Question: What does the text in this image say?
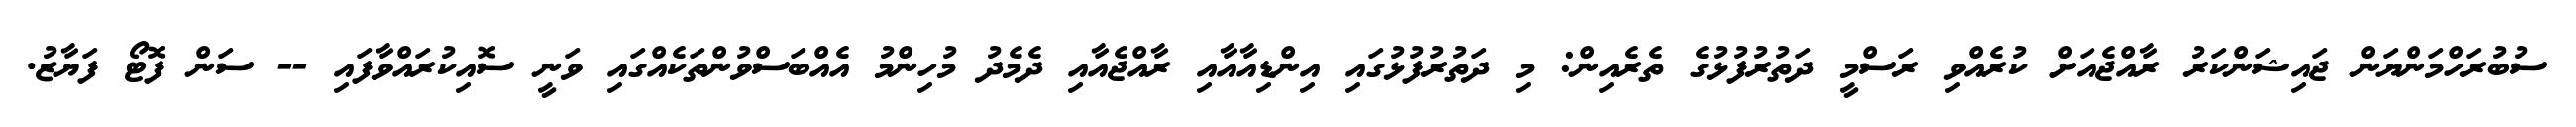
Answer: ސުބުރަހްމަންޔަން ޖައިޝަންކަރު ރާއްޖެއަށް ކުރެއްވި ރަސްމީ ދަތުރުފުޅުގެ ތެރެއިން: މި ދަތުރުފުޅުގައި އިންޑިއާއާއި ރާއްޖެއާއި ދެމެދު މުހިންމު އެއްބަސްވުންތަކެއްގައި ވަނީ ސޮއިކުރައްވާފައި -- ސަން ފޮޓޯ ފަޔާޒު.